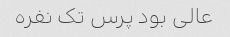
عالی بود پرس تک نفره